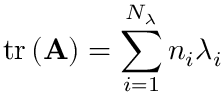
\operatorname { t r } \left( \mathbf { A } \right) = \sum _ { i = 1 } ^ { N _ { \lambda } } { { n _ { i } } \lambda _ { i } }